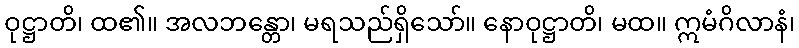
ဝုဋ္ဌာတိ၊ ထ၏။ အလဘန္တော၊ မရသည်ရှိသော်။ နောဝုဋ္ဌာတိ၊ မထ။ ဣမံဂိလာနံ၊